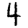
Digit: 4